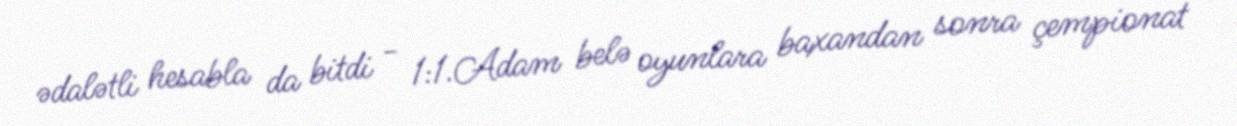
ədalətli hesabla da bitdi - 1:1.Adam belə oyunlara baxandan sonra çempionat